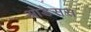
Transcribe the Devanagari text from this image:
ओडेसस